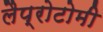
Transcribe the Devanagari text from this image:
लैप्रोटोमी